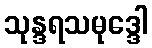
သုန္ဒရသမုဒ္ဒေါ